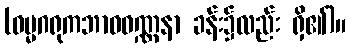
(ဓမ္မဂရုကဘာဝဝဏ္ဏနာ ခန်း၌လည်း ရှိ၏)။